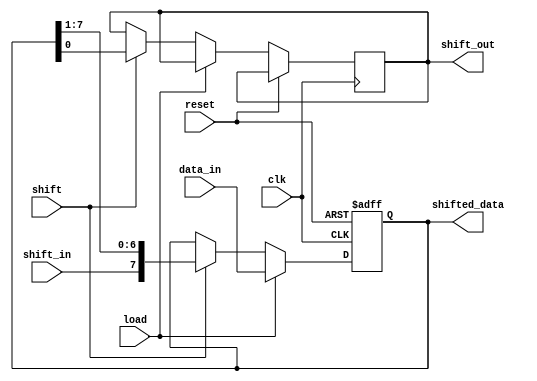
module parameterized_shift_register #(
    parameter WIDTH = 8  // Default width of the shift register
)(
    input wire clk,            // Clock signal
    input wire reset,          // Asynchronous reset
    input wire [WIDTH-1:0] data_in,  // Parallel input data
    input wire shift_in,       // Serial input data for shifting
    input wire load,           // Control signal to enable parallel loading
    input wire shift,          // Control signal to enable shifting
    output reg shift_out,      // Serial output data
    output reg [WIDTH-1:0] shifted_data  // Parallel output data
);

    reg [WIDTH-1:0] shift_reg; // Shift register storage

    // Asynchronous reset and operation on clock edge
    always @(posedge clk or posedge reset) begin
        if (reset) begin
            // Reset the shift register to zero
            shift_reg <= {WIDTH{1'b0}};
        end else begin
            if (load) begin
                // Load data_in into the shift register
                shift_reg <= data_in;
            end else if (shift) begin
                // Shift operation
                shift_out <= shift_reg[0]; // Output the least significant bit
                shift_reg <= {shift_in, shift_reg[WIDTH-1:1]}; // Shift right
            end
        end
    end

    // Assign the shifted data output
    assign shifted_data = shift_reg;

endmodule